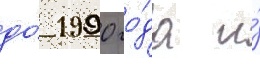
до́ 1990 го́да и́